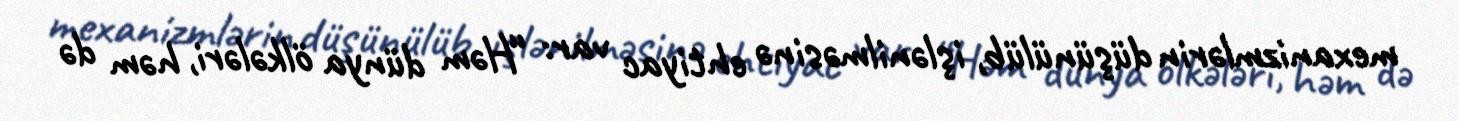
mexanizmlərin düşünülüb, işlənilməsinə ehtiyac var: “Həm dünya ölkələri, həm də